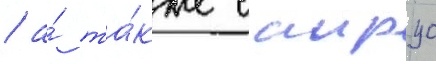
/ а́ та́кже саирус